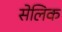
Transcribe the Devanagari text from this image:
सेलिक